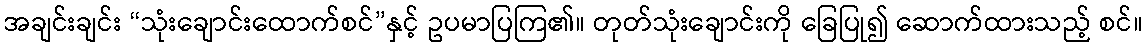
အချင်းချင်း “သုံးချောင်းထောက်စင်”နှင့် ဥပမာပြကြ၏။ တုတ်သုံးချောင်းကို ခြေပြု၍ ဆောက်ထားသည့် စင်။